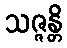
သဇ္ဇန္တိ